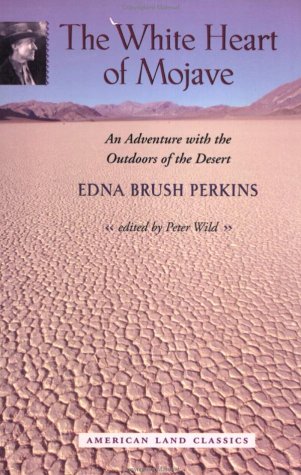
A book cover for The White Heart of Mojave: An Adventure with the Outdoors of the Desert (American Land Classics); Professor Edna Brush Perkins; Politics & Social Sciences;